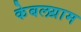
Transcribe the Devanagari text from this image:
केबलग्राम